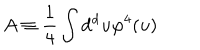
A \equiv { \frac { 1 } { 4 } } \int \mathrm { d ^ { d } } u \varphi ^ { 4 } ( u )